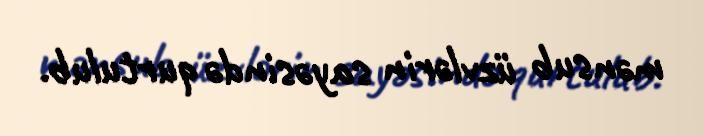
mənsub üzvlərin sayəsində qurtulub.